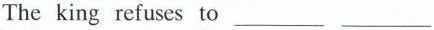
The king refuses to___ ___